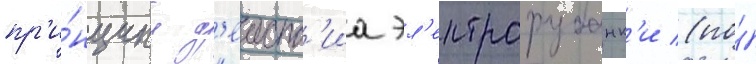
пр'и́нципу д'еиств'иа эл'ектрорубанк'и (по́